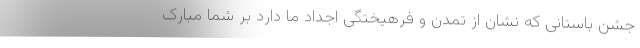
جشن باستانی که نشان از تمدن و فرهیختگی اجداد ما دارد بر شما مبارک